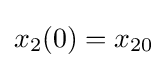
x_{2}(0)=x_{20}